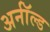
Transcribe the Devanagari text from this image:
अर्नॉल्ड